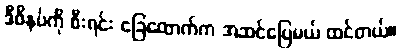
ဒီဖိနပ်ကို စီးရင်း ခြေထောက်က အဆင်ပြေမယ် ထင်တယ်။